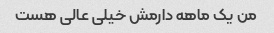
من یک ماهه دارمش خیلی عالی هست